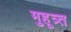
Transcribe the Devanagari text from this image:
मुहूत्र्त